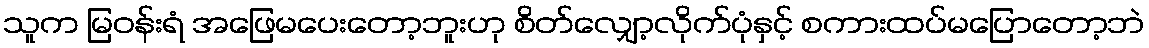
သူက မြဝန်းရံ အဖြေမပေးတော့ဘူးဟု စိတ်လျှော့လိုက်ပုံနှင့် စကားထပ်မပြောတော့ဘဲ